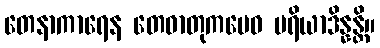
တေနာကာရေန တေဓာတုကမေဝ ပရိယာဒိန္နန္တိ။